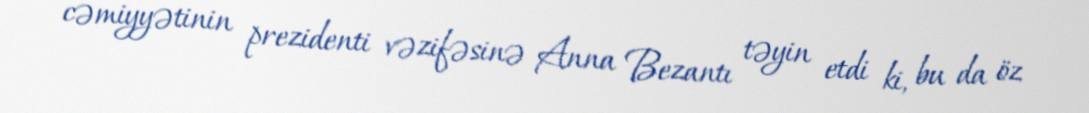
cəmiyyətinin prezidenti vəzifəsinə Anna Bezantı təyin etdi ki, bu da öz